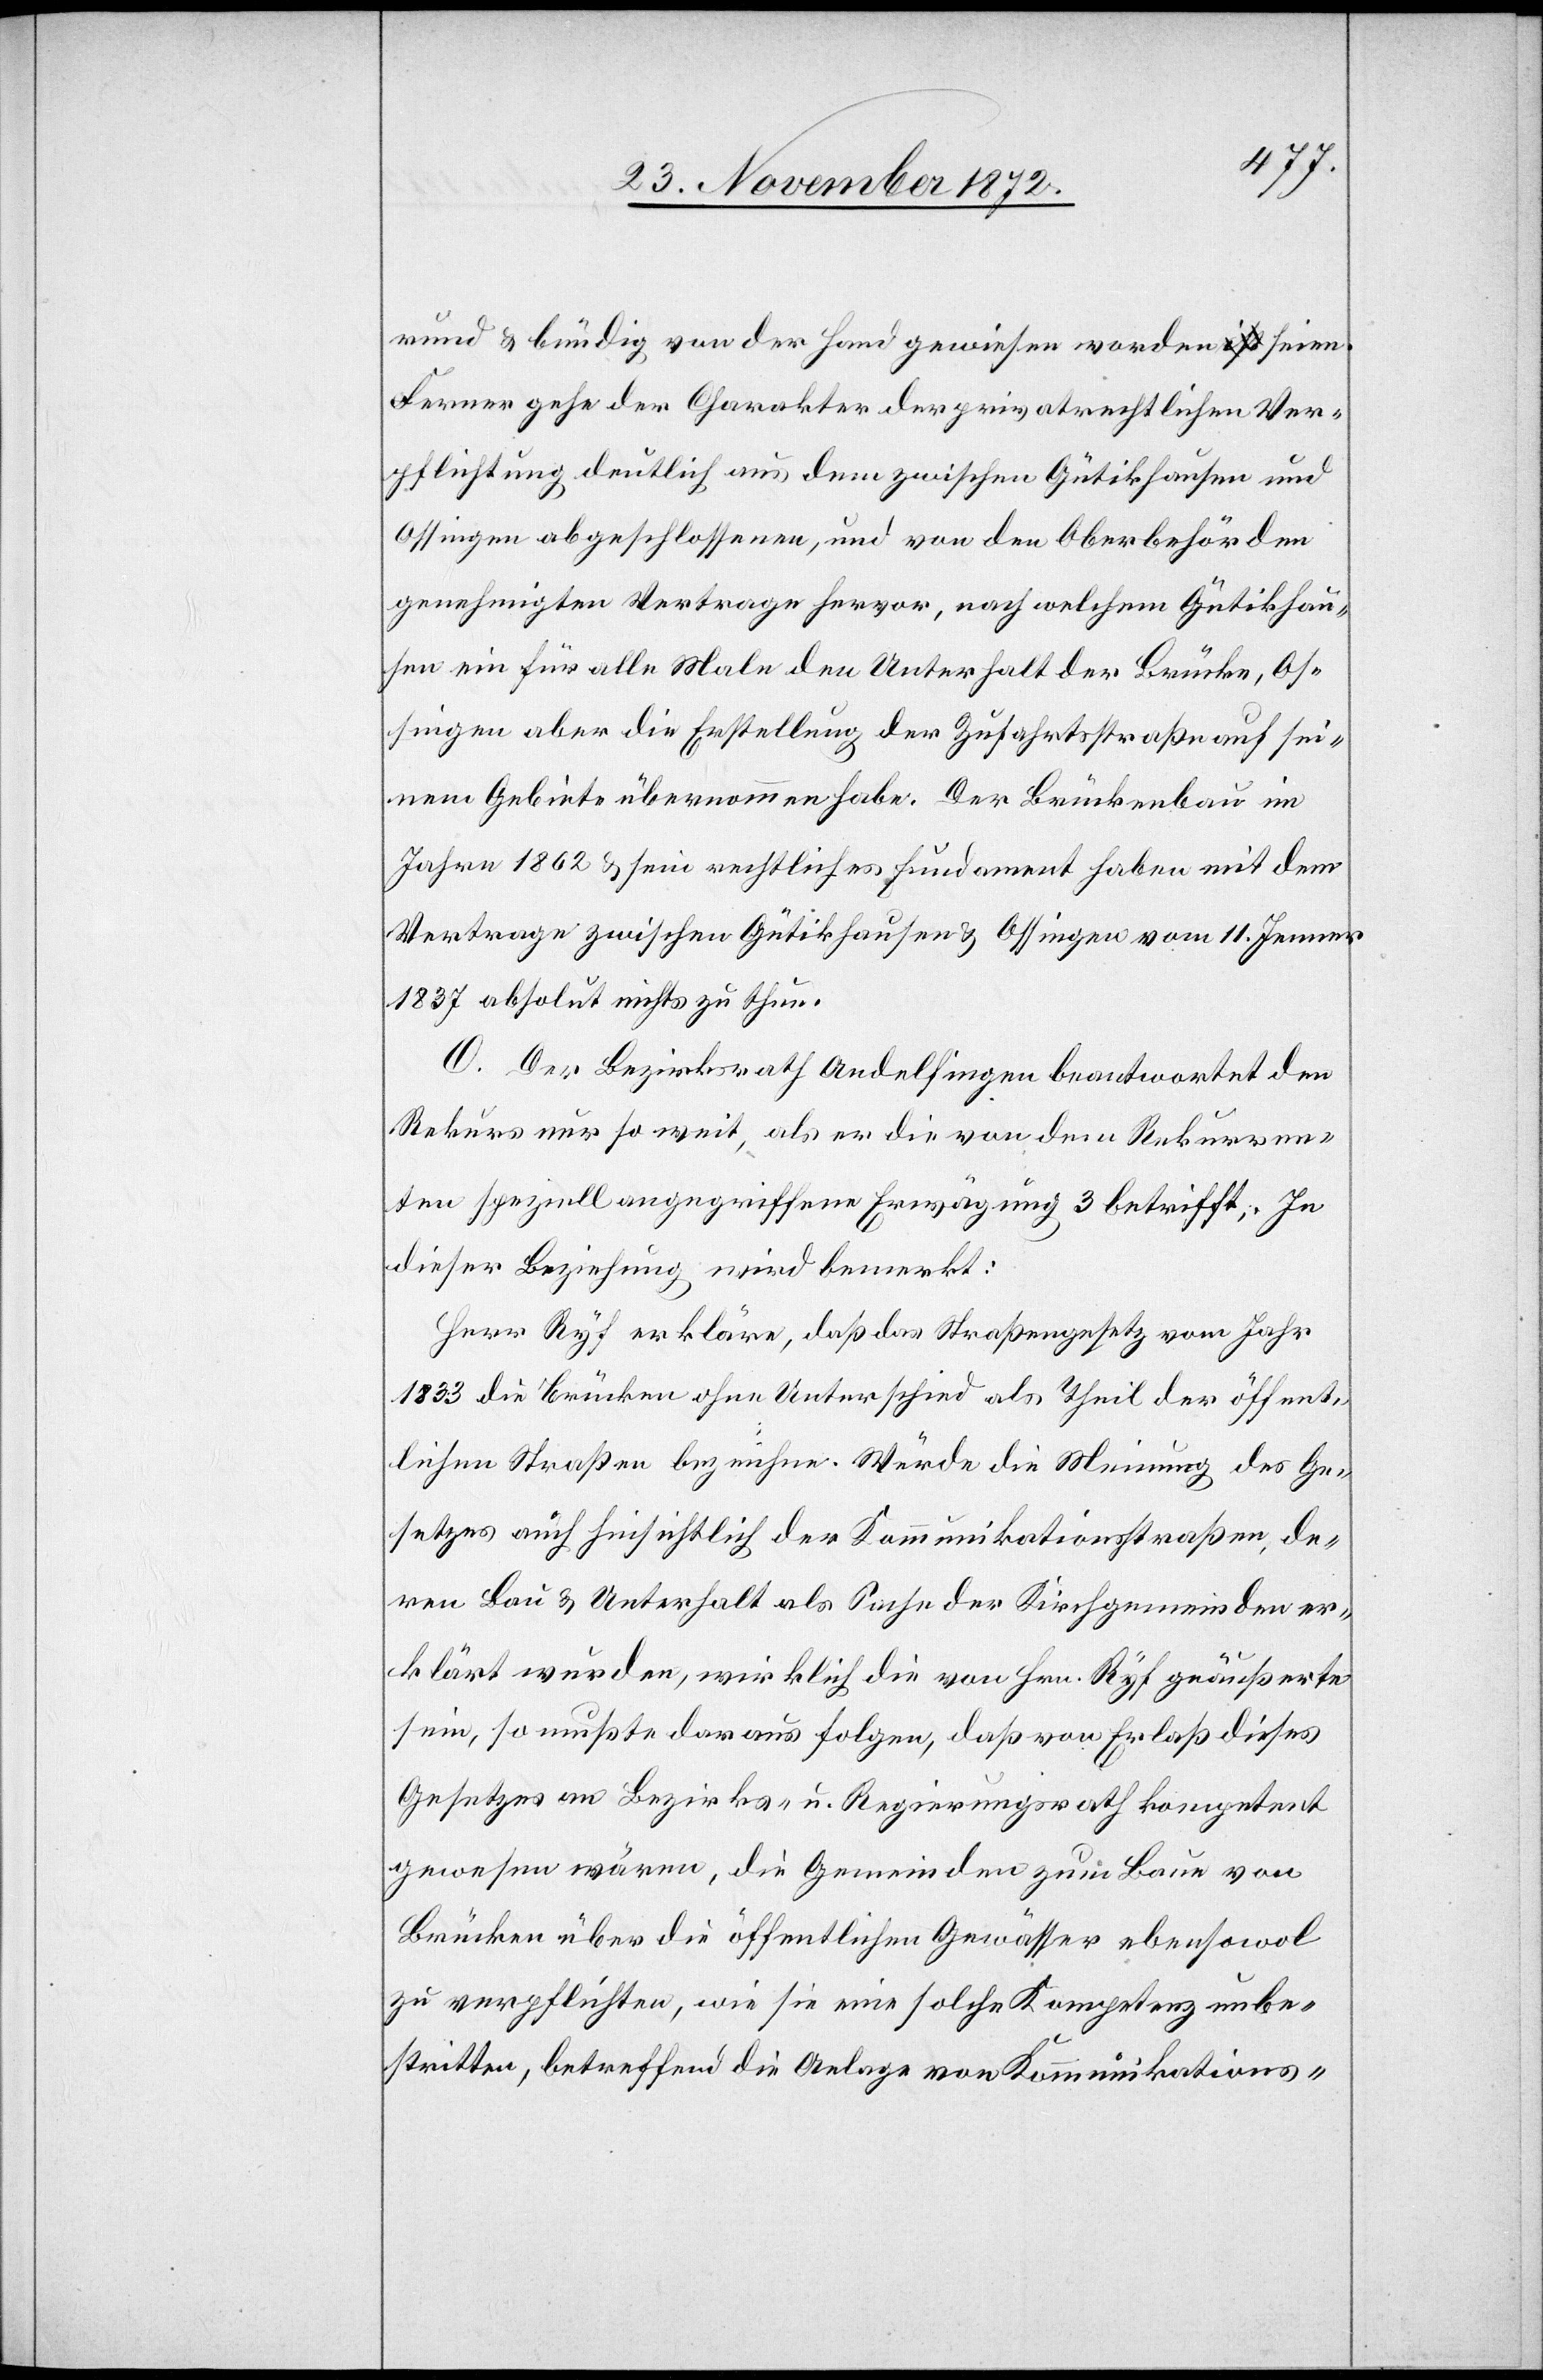
rund u. bündig von der Hand gewiesen worden seien.
Ferner gehe der Charakter der privatrechtlichen Ver¬
pflichtung deutlich aus dem zwischen Gütikhausen und
Ossingen abgeschlossenen, und von den Oberbehörden
genehmigten Vertrage hervor, nach welchem Gütikhau¬
sen ein für alle Male den Unterhalt der Brücke, Os¬
singen aber die Erstellung der Zufahrtsstraße auf sei¬
nem Gebiete übernommen habe. Der Brückenbau im
Jahre 1862 u. sein rechtliches Fundament haben mit dem
Vertrage zwischen Gütikhausen u. Ossingen vom 11. Jenner
1837 absolut nichts zu thun.
O. Der Bezirksrath Andelfingen beantwortet den
Rekurs nur so weit, als er die von dem Rekurren¬
ten speziell angegriffene Erwägung 3 betrifft; In
dieser Beziehung wird bemerkt:
Herr Ryf erkläre, daß das Straßengesetz vom Jahr
1833 die Brücken ohne Unterschied als Theil der öffent¬
lichen Straßen bezeichne. Würde die Meinung des Ge¬
setzes auch hinsichtlich der Kommunikationsstraßen, de¬
ren Bau u. Unterhalt als Sache der Kirchgemeinden er¬
klärt wurden, wirklich die von Hrn. Ryf geäußerte
sein, so mußte daraus folgen, daß von Erlaß dieses
Gesetzes an Bezirks- u. Regierungsrath kompetent
gewesen wären, die Gemeinden zum Baue von
Brücken über die öffentlichen Gewässer ebensowol
zu verpflichten, wie sie eine solche Kompetenz unbe¬
stritten, betreffend die Anlage von Kommunikations-